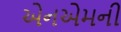
એનએમની